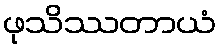
ဖုသိဿတာယံ